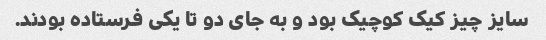
سایز چیز کیک کوچیک بود و به جای دو تا یکی فرستاده بودند.